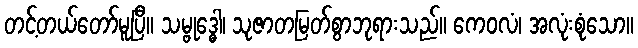
တင့်တယ်တော်မူပြီ။ သမ္ဗုဒ္ဓေါ၊ သုဇာတမြတ်စွာဘုရားသည်။ ကေဝလံ၊ အလုံးစုံသော။